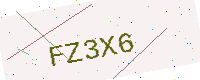
Text: FZ3X6